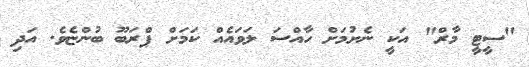
"ސީޓީ މާރް" އަކީ ނެށުމަށް ހާއްސަ ލަވައެއް ކަމަށް ޕްރަބޫ ބުންޏެވެ. އަދި